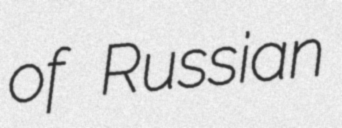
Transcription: of Russian